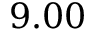
9 . 0 0